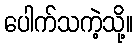
ပေါက်သကဲ့သို့။